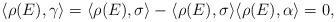
LaTeX: \begin{align*}\langle\rho(E),\gamma\rangle = \langle\rho(E),\sigma\rangle - \langle\rho(E),\sigma\rangle\langle\rho(E),\alpha\rangle = 0,\end{align*}